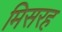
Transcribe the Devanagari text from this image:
मिसरह